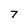
Character: 7